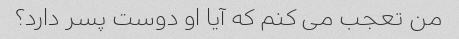
من تعجب می کنم که آیا او دوست پسر دارد؟